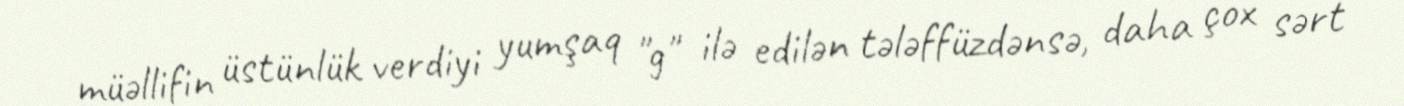
müəllifin üstünlük verdiyi yumşaq "g" ilə edilən tələffüzdənsə, daha çox sərt